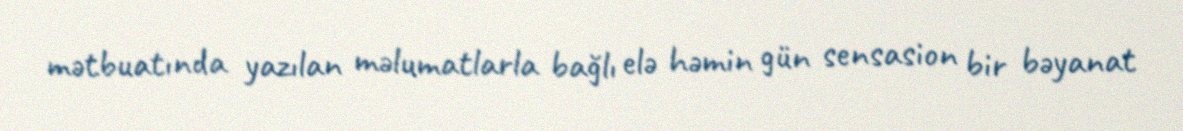
mətbuatında yazılan məlumatlarla bağlı elə həmin gün sensasion bir bəyanat